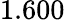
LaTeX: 1.600